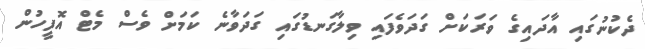
ދެކުނުގައި އާދައިގެ ވަރަކަށް ގަދަވެފައި ވިލާގަނޑުގައި ގަދަވާނެ ކަމަށް ވެސް މެޓް އޮފީހުން